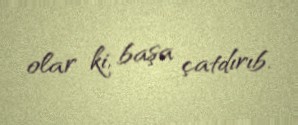
olar ki, başa çatdırıb.